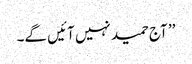
’’ آج حمید نہیں آئیں گے۔